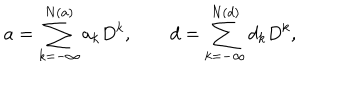
a = \sum _ { k = - \infty } ^ { N ( a ) } a _ { k } D ^ { k } , \qquad d = \sum _ { k = - \infty } ^ { N ( d ) } d _ { k } D ^ { k } ,